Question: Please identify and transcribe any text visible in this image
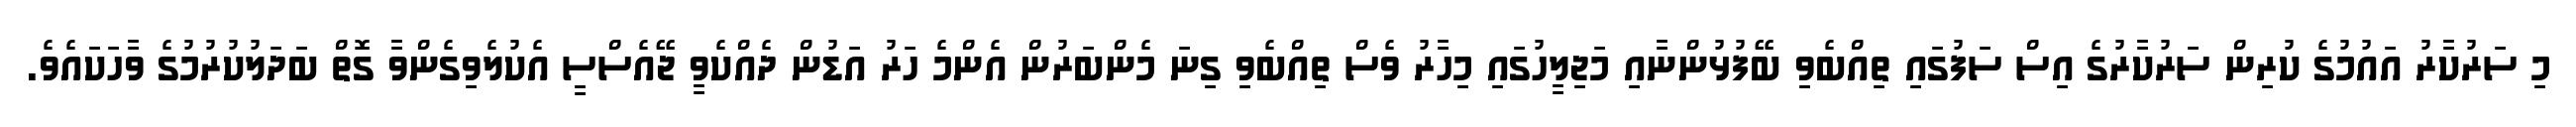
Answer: މި ސަރުކާރު އައުމުގެ ކުރިން ސަރުކާރުގެ އިސް ސަފުގައި ތިއްބެވި ބޭފުޅުންނާއި މަޖިލީހުގައި މިހާރު ވެސް ތިއްބެވި ގިނަ މެންބަރުން އެންމެ ހަރު އަޑުން ދެއްކެވީ ޖޭއެސްސީ އެކުލެވިގެންވާ ގޮތް ބަދަލުކުރުމުގެ ވާހަކައެވެ.